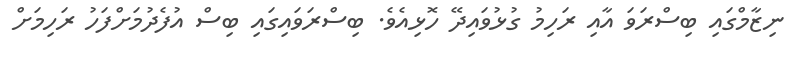
ނިޒާމްގައި ބިސްރަވަ އާއި ރަހިމު ގުޅުވައިދޭ ހޮޅިއެވެ. ބިސްރަވައިގައި ބިސް އުފެދުމަށްފަހު ރަހިމަށް